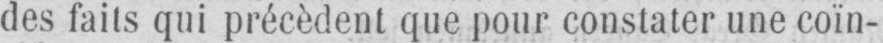
des faits qui précèdent que pour constater une coïn-